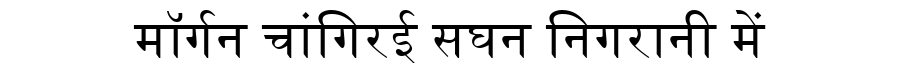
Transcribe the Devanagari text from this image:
मॉर्गन चांगिरई सघन निगरानी में